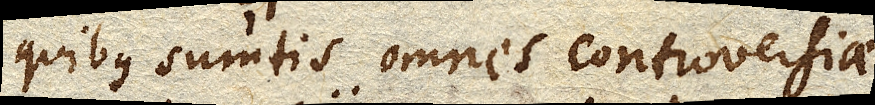
quibus sumtis omnes controversiae